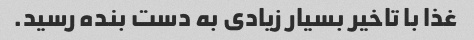
غذا با تاخیر بسیار زیادی به دست بنده رسید.